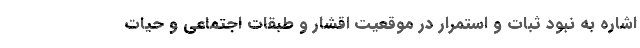
اشاره به نبودِ ثبات و استمرار در موقعیت اقشار و طبقات اجتماعی و حیات